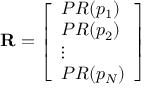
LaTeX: \mathbf { R } = { \left[ \begin{array} { l } { P R ( p _ { 1 } ) } \\ { P R ( p _ { 2 } ) } \\ { \vdots } \\ { P R ( p _ { N } ) } \end{array} \right] }